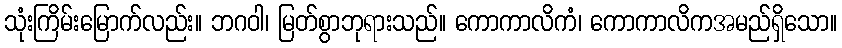
သုံးကြိမ်းမြောက်လည်း။ ဘဂဝါ၊ မြတ်စွာဘုရားသည်။ ကောကာလိကံ၊ ကောကာလိကအမည်ရှိသော။